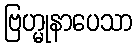
ဗြဟ္မုနာပေသာ